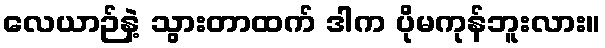
လေယာဉ်နဲ့ သွားတာထက် ဒါက ပိုမကုန်ဘူးလား။